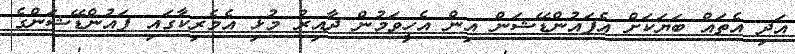
އަދި އެތައް ބަޔަކަށް އެފައުންޑޭޝަން އިން އެހީވަމުން ދާއިރު މުޅި އެމެރިކާގައި ފައުންޑޭޝަންގެ